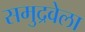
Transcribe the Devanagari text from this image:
समुद्रवेला